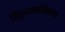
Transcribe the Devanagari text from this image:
हिंदुस्थानविषयक